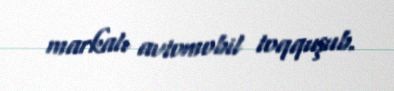
markalı avtomobil toqquşub.